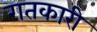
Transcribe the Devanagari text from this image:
गतकारी